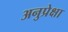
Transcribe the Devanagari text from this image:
अनुप्रेक्षा